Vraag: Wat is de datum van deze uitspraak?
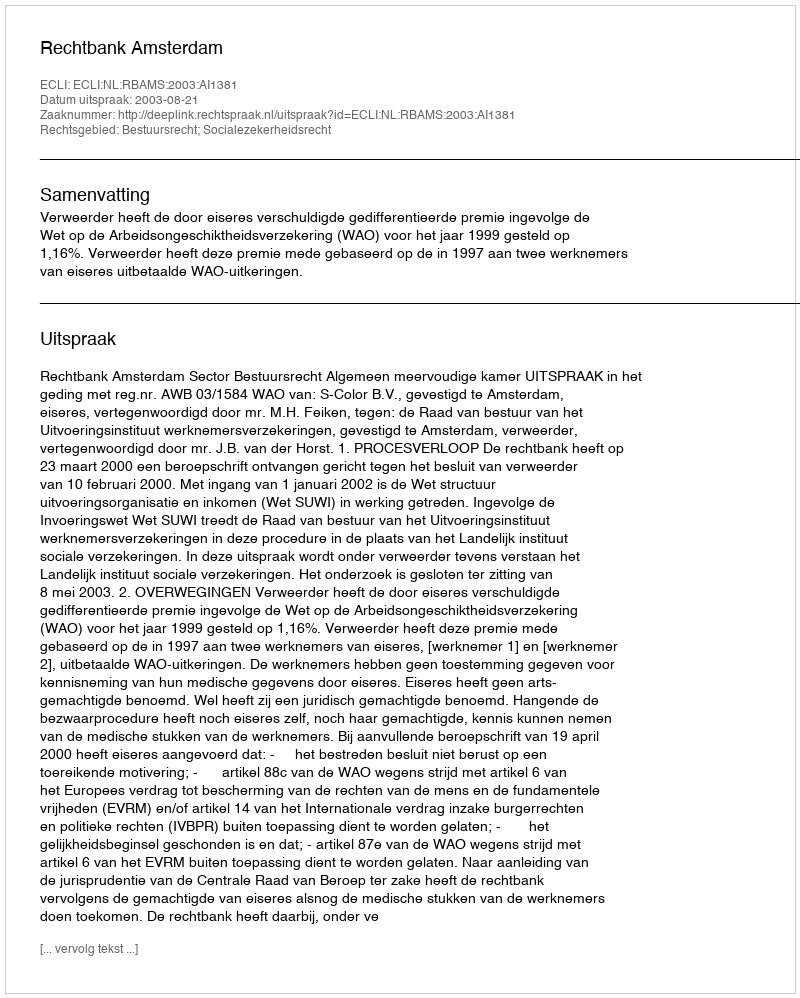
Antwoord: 2003-08-21